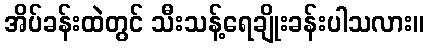
အိပ်ခန်းထဲတွင် သီးသန့်ရေချိုးခန်းပါသလား။